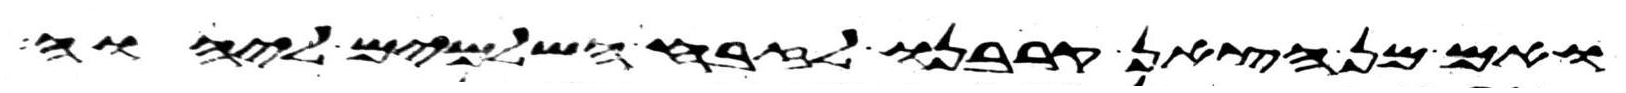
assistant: ואם מן הצאן קרבנו לזבח השלמים ליהוה